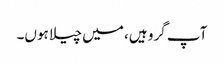
آپ گرو ہیں، میں چیلا ہوں۔